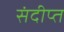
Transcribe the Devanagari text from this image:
संदीप्त